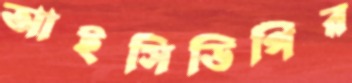
আইসিডিপির